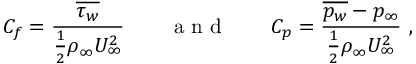
C _ { f } = \frac { \overline { { \tau _ { w } } } } { \frac { 1 } { 2 } \rho _ { \infty } U _ { \infty } ^ { 2 } } \qquad \textrm { a n d } \qquad C _ { p } = \frac { \overline { { p _ { w } } } - p _ { \infty } } { \frac { 1 } { 2 } \rho _ { \infty } U _ { \infty } ^ { 2 } } ~ ,